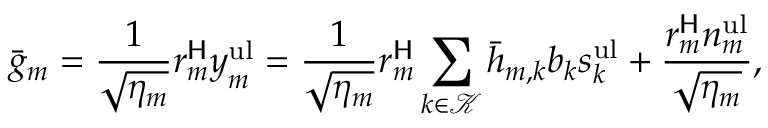
\bar { g } _ { m } = \frac { 1 } { \sqrt { \eta _ { m } } } \boldsymbol { r } _ { m } ^ { \sf H } \boldsymbol { y } _ { m } ^ { \mathrm { u l } } = \frac { 1 } { \sqrt { \eta _ { m } } } \boldsymbol { r } _ { m } ^ { \sf H } \sum _ { k \in \mathcal { K } } \bar { \boldsymbol { h } } _ { m , k } b _ { k } s _ { k } ^ { \mathrm { u l } } + \frac { \boldsymbol { r } _ { m } ^ { \sf H } \boldsymbol { n } _ { m } ^ { \mathrm { u l } } } { \sqrt { \eta _ { m } } } ,